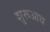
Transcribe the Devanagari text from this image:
शुरूआथ